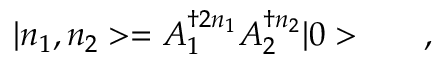
{ } | n _ { 1 } , n _ { 2 } > = A _ { 1 } ^ { \dagger 2 { n _ { 1 } } } A _ { 2 } ^ { \dagger { n _ { 2 } } } | 0 > \qquad ,